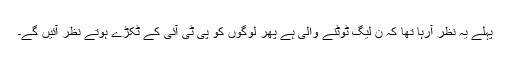
پہلے یہ نظر آرہا تھا کہ ن لیگ ٹوٹنے والی ہے پھر لوگوں کو پی ٹی آئی کے ٹکڑے ہوتے نظر آئیں گے۔